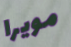
مويرا